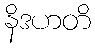
နိဒဟတိ